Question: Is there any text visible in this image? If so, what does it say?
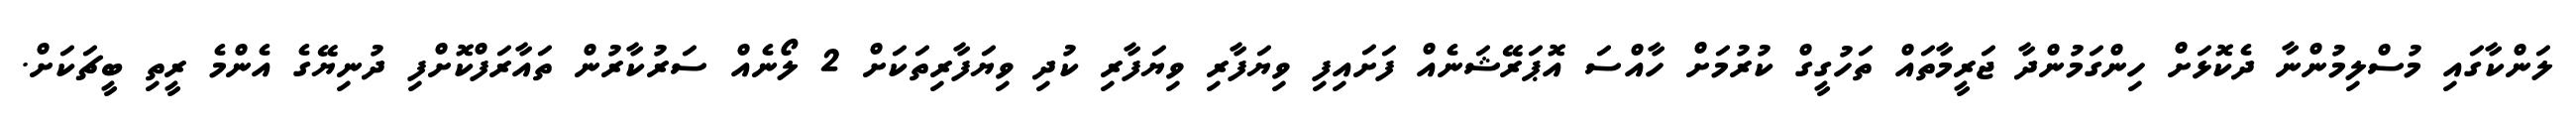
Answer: ލަންކާގައި މުސްލިމުންނާ ދެކޮޅަށް ހިންގަމުންދާ ޖަރީމާތައް ތަހުގީގް ކުރުމަށް ހާއްސަ އޮޕަރޭޝަނެއް ފަށައިފި ވިޔަފާރި ވިޔަފާރި ކުދި ވިޔަފާރިތަކަށް 2 ލޯނެއް ސަރުކާރުން ތައާރަފްކޮށްފި ދުނިޔޭގެ އެންމެ ރީތި ބީޗަކަށް.